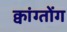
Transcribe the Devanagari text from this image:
क्वांग्तोंग